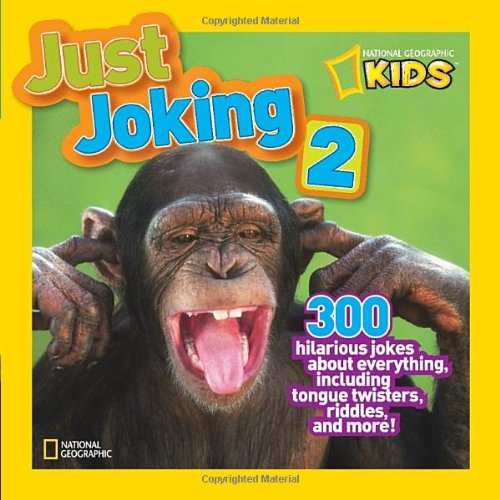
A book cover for National Geographic Kids Just Joking 2: 300 Hilarious Jokes About Everything, Including Tongue Twisters, Riddles, and More; National Geographic Kids; Children's Books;